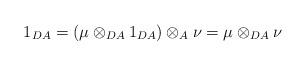
LaTeX: \begin{align*}1_{DA} = (\mu \otimes _{DA} 1_{DA} )\otimes _A \nu = \mu \otimes _{DA} \nu\end{align*}